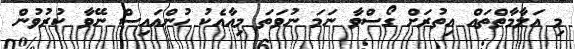
މި އަލާމާތްތައް އިތުރަށް ގޯސްވާ ނަމަ ނުވަތަ މިއާއެކު ހުންއައިސް ނޭވާ ކުރުވުން